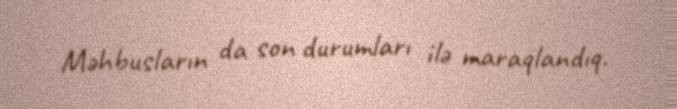
Məhbusların da son durumları ilə maraqlandıq.